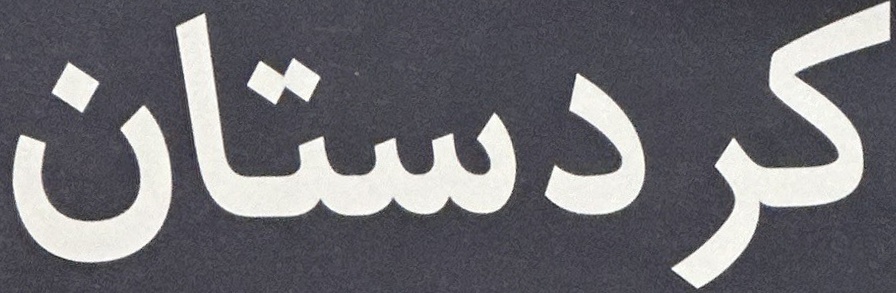
كردستان